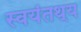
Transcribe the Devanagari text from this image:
स्वयंतथ्‌य